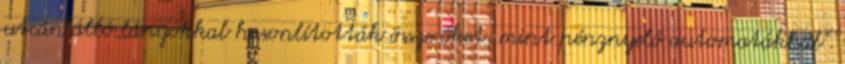
utcán álló lányokkal hasonlították össze őket, mint pénznyelő automatákkal".